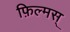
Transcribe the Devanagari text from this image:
फ़िल्मस्